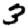
Digit: 3